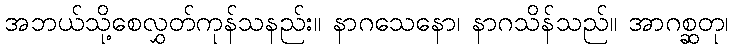
အဘယ်သို့စေလွှတ်ကုန်သနည်း။ နာဂသေနော၊ နာဂသိန်သည်။ အာဂစ္ဆတု၊